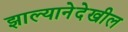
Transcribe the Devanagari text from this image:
झाल्यानेदेखील